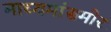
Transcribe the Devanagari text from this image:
माध्यमांसमोर